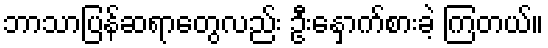
ဘာသာပြန်ဆရာတွေလည်း ဦးနှောက်စားခဲ့ ကြတယ်။